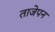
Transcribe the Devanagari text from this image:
ताजेपन